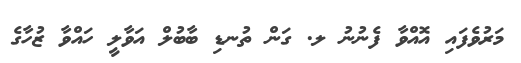
މަރުވެފައި އޮއްވާ ފެނުނު ލ. ގަން ތުނޑި ބާބުލް އަވާލީ ހައްވާ ޒުހާގެ